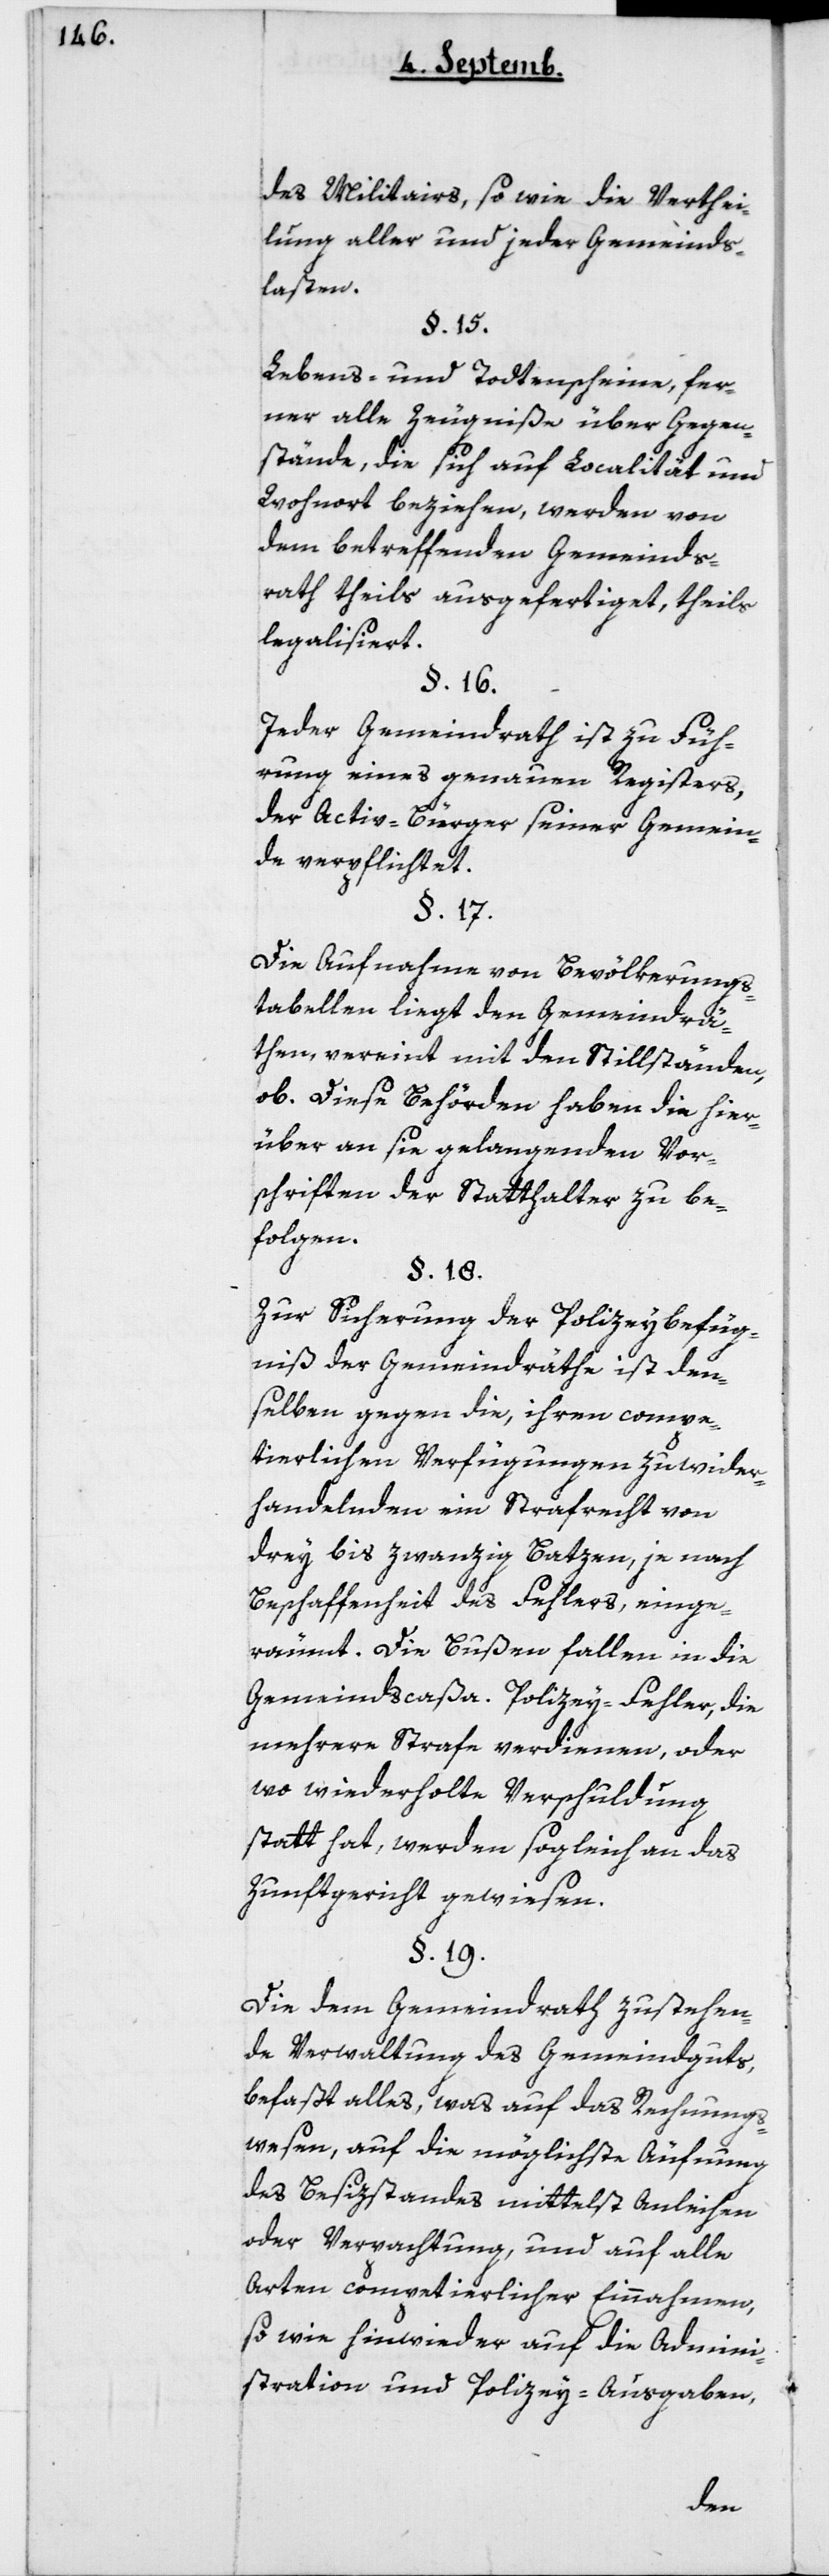
des Militairs, sowie die Verthei¬
lung aller und jeder Gemeinds¬
lasten.
§ 15
Lebens- und Todtenscheine, fer¬
ner alle Zeugniße über Gegen¬
stände, die sich auf Localität und
Wohnort beziehen, werden von
dem betreffenden Gemeinds¬
rath theils ausgefertiget, theils
legalisiert.
Jeder Gemeindrath ist zu Füh¬
rung eines genauen Registers
der Activ-Bürger seiner Gemein¬
de verpflichtet.
Die Aufnahme von Bevölkerungs¬
tabellen liegt den Gemeindrä¬
then, vereint mit den Stillständen,
ob. Diese Behörden haben die hier¬
über an sie gelangenden Vor¬
schriften der Statthalter zu be¬
folgen.
Zur Sicherung der Policeybefug¬
niße der Gemeindräthe ist den¬
selben gegen die, ihren compe¬
tierlichen Verfügungen zu wider¬
handelnden ein Strafrecht von
drey bis zwanzig Batzen, je nach
Beschaffenheit des Fehlers, einge¬
räumt. Die Bußen fallen in die
Gemeindscaßa. Policey-Fehler, die
mehrere Strafe verdienen, oder
wo wiederholte Verschuldung
statt hat, werden sogleich an das
Zunftgericht gewiesen.
Die dem Gemeindrath zustehen¬
de Verwaltung des Gemeindguts,
befaßt alles, was auf das Rechnungs¬
wesen, auf die möglichste Äufnung
des Besizstandes mittelst Anleihen
oder Verpachtung, und auf alle
Arten competierlicher Einnahmen,
so wie hinwieder auf die Admini¬
stration und Policey-Ausgaben,